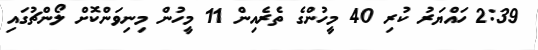
2:39 ހައްޔަރު ކުރި 40 މީހުންގެ ތެރެއިން 11 މީހުން މިނިވަންކޮށް ލޯންޗުގައި